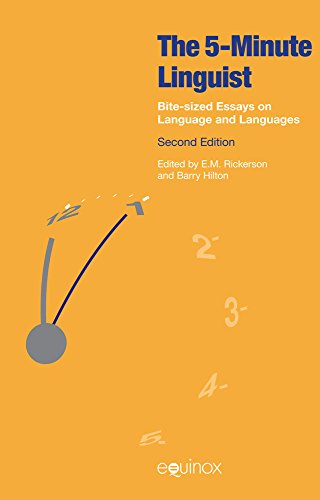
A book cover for The 5 Minute Linguist: Bite-Sized Essays on Language and Languages; E. M. Rickerson; Reference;